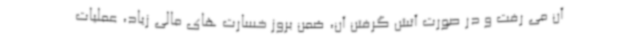
آن می رفت و در صورت آتش گرفتن آن، ضمن بروز خسارت های مالی زیاد، عملیات